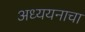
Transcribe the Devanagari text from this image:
अध्ययनाचा